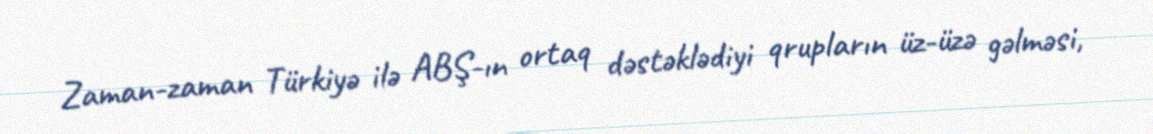
Zaman-zaman Türkiyə ilə ABŞ-ın ortaq dəstəklədiyi qrupların üz-üzə gəlməsi,